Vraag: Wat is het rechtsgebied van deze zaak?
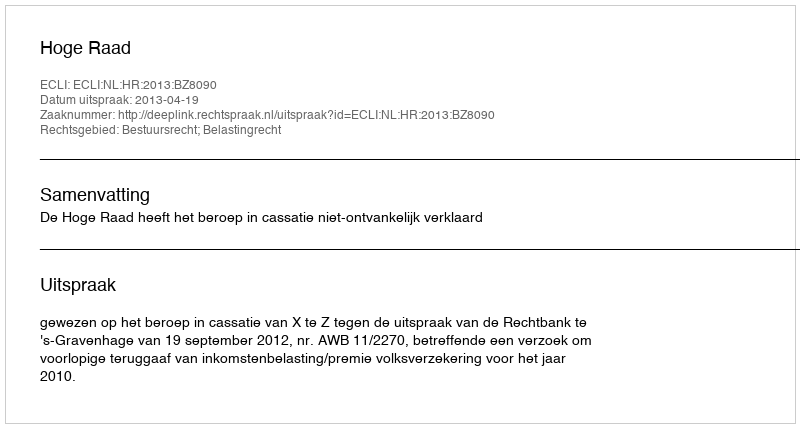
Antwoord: Bestuursrecht; Belastingrecht